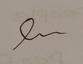
Signature authenticity: forged